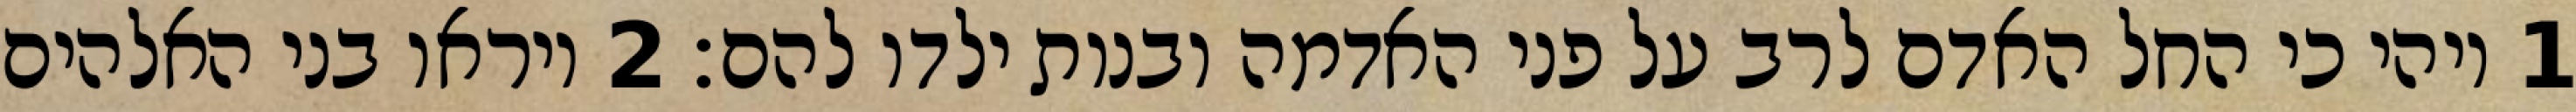
1 ויהי כי החל האדם לרב על פני האדמה ובנות ילדו להם׃ ‎2‏ ויראו בני האלהים